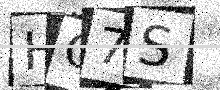
Text: HG7S